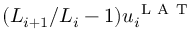
( { L _ { i + 1 } } / { L _ { i } } - 1 ) u _ { i } ^ { \mathrm { ~ L ~ A ~ T ~ } }